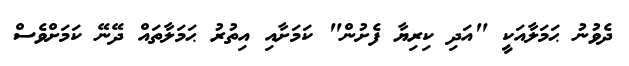
ދެވުނު ޙަމަލާއަކީ "އަދި ކިރިޔާ ފެށުން" ކަމަށާއި އިތުރު ޙަމަލާތައް ދޭނޭ ކަމަށްވެސް